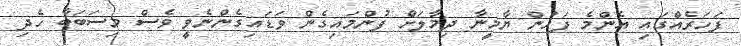
ފަހަރެއްގައި އެންމެ ފަހުން ޔާމީނާ ދިމާލަށް ފުންމައިގެން ވަޑައިގެންނެވީ ވެސް މިސަބަބާ ހެދި